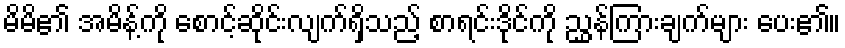
မိမိ၏ အမိန့်ကို စောင့်ဆိုင်းလျက်ရှိသည့် စာရင်းဒိုင်ကို ညွှန်ကြားချက်များ ပေး၏။